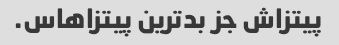
پیتزاش جز بدترین پیتزاهاس.